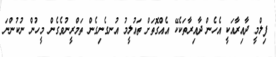
ފިލްމީ ދާއިރާއަކީ އެހެން ދާއިރާތަކެކޭ އެއްގޮތަށް ތައުލީމު އުނގެނިގެން ތަމްރީނުވެގެން މީހުން ނުކުންނަ